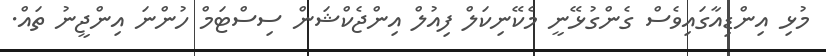
މުޅި އިންޑިއާގައިވެސް ގެންގުޅޭނީ މެކޭނިކަލް ފިއުލް އިންޖެކްޝަން ސިސްޓަމް ހުންނަ އިންޖީނު ތައް.